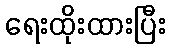
ရေးထိုးထားပြီး